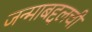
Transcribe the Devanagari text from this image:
जन्माबद्दलची